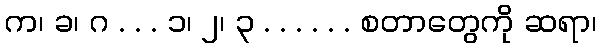
က၊ ခ၊ ဂ . . . ၁၊ ၂၊ ၃ . . . . . . စတာတွေကို ဆရာ၊